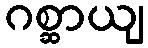
ဂစ္ဆာယျ